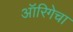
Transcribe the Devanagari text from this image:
ऑरिगेचा